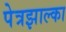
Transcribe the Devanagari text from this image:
पेत्रझाल्का